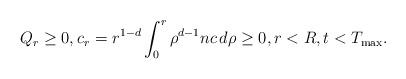
LaTeX: \begin{align*}Q_{r} \ge0, c_{r} =r^{1-d}\int_{0}^{r}\rho^{d-1}nc\,d\rho \ge0, r<R, t<T_{\rm max}.\end{align*}